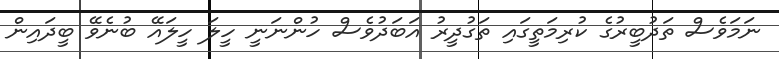
ނަމަވެސް ތަދުބީރުގެ ކުރިމަތީގައި ތަގުދީރު އަބަދުވެސް ހުންނަނީ ހީލަ ހީލައޭ ބުނެވޭ ބީދައިން